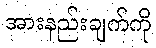
အားနည်းချက်ကို